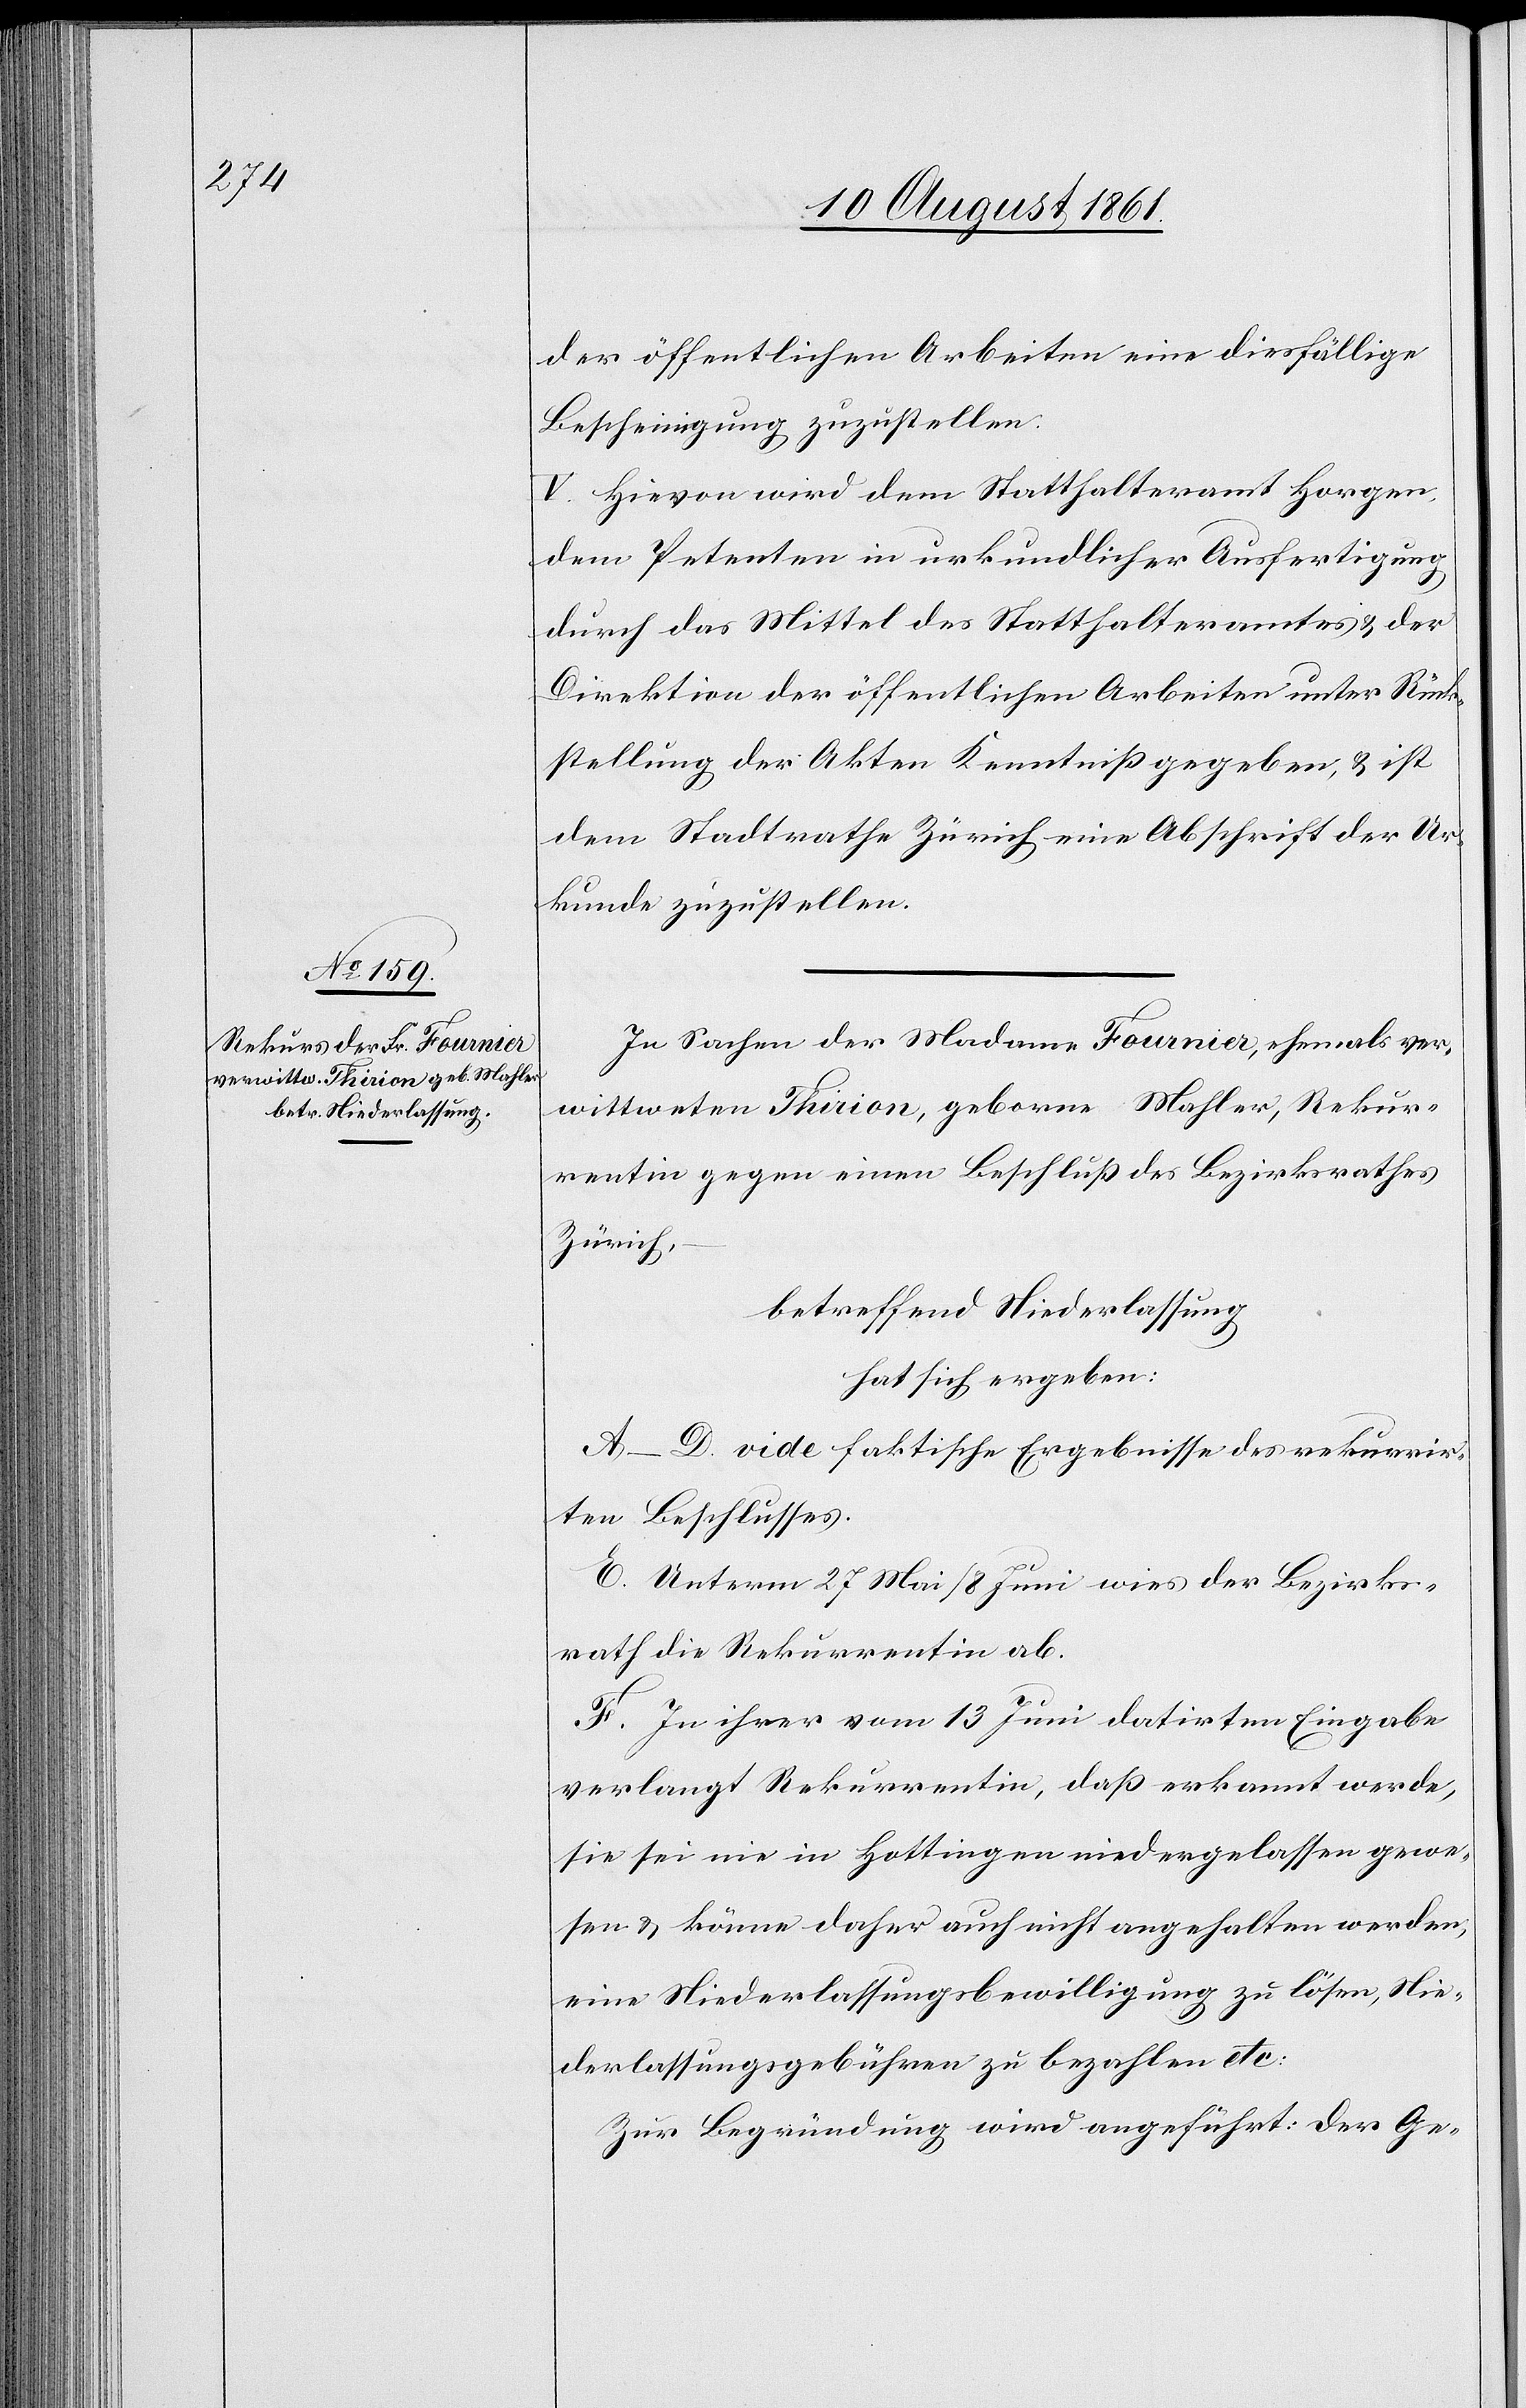
der öffentlichen Arbeiten eine diesfällige
Bescheinigung zuzustellen.
V. Hievon wird dem Statthalteramt Horgen
dem Petenten in urkundlicher Ausfertigung
durch das Mittel des Statthalteramtes u. der
Direktion der öffentlichen Arbeiten unter Rück¬
stellung der Akten Kenntniß gegeben, u. ist
dem Stadtrathe Zürich eine Abschrift der Ur¬
kunde zuzustellen.
In Sachen der Madame Fournier, ehemals ver¬
wittweten Thirion, geborne Mahler, Rekur¬
rentin gegen einen Beschluß des Bezirksrathes
Zürich,
betreffend Niederlassung
hat sich ergeben:
A–D vide faktische Ergebnisse des rekurrir¬
ten Beschlusses.
E. Unterm 27 Mai / 8 Juni wies der Bezirks¬
rath die Rekurrentin ab.
F. In ihrer vom 13 Juni datirten Eingabe
verlangt Rekurrentin, daß erkannt werde,
sie sei nie in Hottingen niedergelassen gewe¬
sen u. könne daher auch nicht angehalten werden,
eine Niederlaßungsbewilligung zu lösen, Nie¬
derlassungsgebühren zu bezahlen etc.
Zur Begründung wird angeführt: Der Ge-